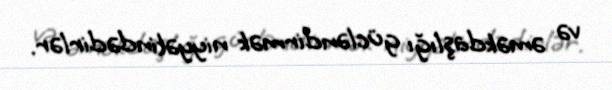
və əməkdaşlığı gücləndirmək niyyətindədirlər.